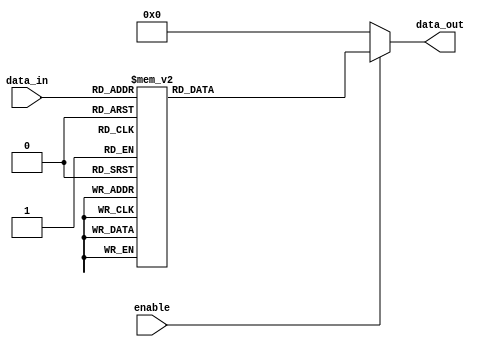
module demux_4to16 (
    input [3:0] data_in,
    input enable,
    output reg [15:0] data_out
);

always @(data_in, enable)
begin
    if (enable)
    begin
        case(data_in)
            4'd0: data_out = 16'b0000000000000001;
            4'd1: data_out = 16'b0000000000000010;
            4'd2: data_out = 16'b0000000000000100;
            4'd3: data_out = 16'b0000000000001000;
            4'd4: data_out = 16'b0000000000010000;
            4'd5: data_out = 16'b0000000000100000;
            4'd6: data_out = 16'b0000000001000000;
            4'd7: data_out = 16'b0000000010000000;
            4'd8: data_out = 16'b0000000100000000;
            4'd9: data_out = 16'b0000001000000000;
            4'd10: data_out = 16'b0000010000000000;
            4'd11: data_out = 16'b0000100000000000;
            4'd12: data_out = 16'b0001000000000000;
            4'd13: data_out = 16'b0010000000000000;
            4'd14: data_out = 16'b0100000000000000;
            4'd15: data_out = 16'b1000000000000000;
        endcase
    end
    else
    begin
        data_out = 16'b0000000000000000;
    end
end

endmodule